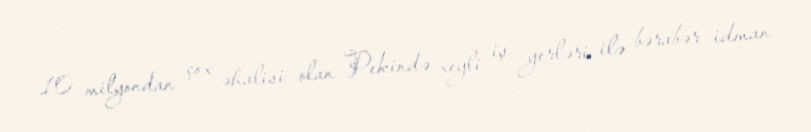
10 milyondan çox əhalisi olan Pekində xeyli iş yerləri ilə bərabər idman